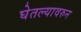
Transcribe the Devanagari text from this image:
घेतल्यावरुन